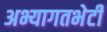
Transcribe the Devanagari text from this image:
अभ्यागतभेटी